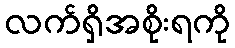
လက်ရှိအစိုးရကို